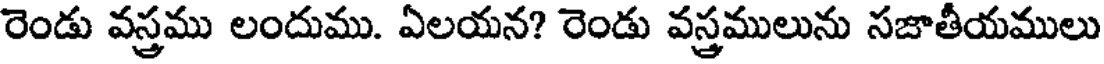
రెండు వస్త్రము లందుము. ఏలయన? రెండు వస్త్రములును సజాతీయములు